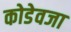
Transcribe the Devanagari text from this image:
कोडेवजा